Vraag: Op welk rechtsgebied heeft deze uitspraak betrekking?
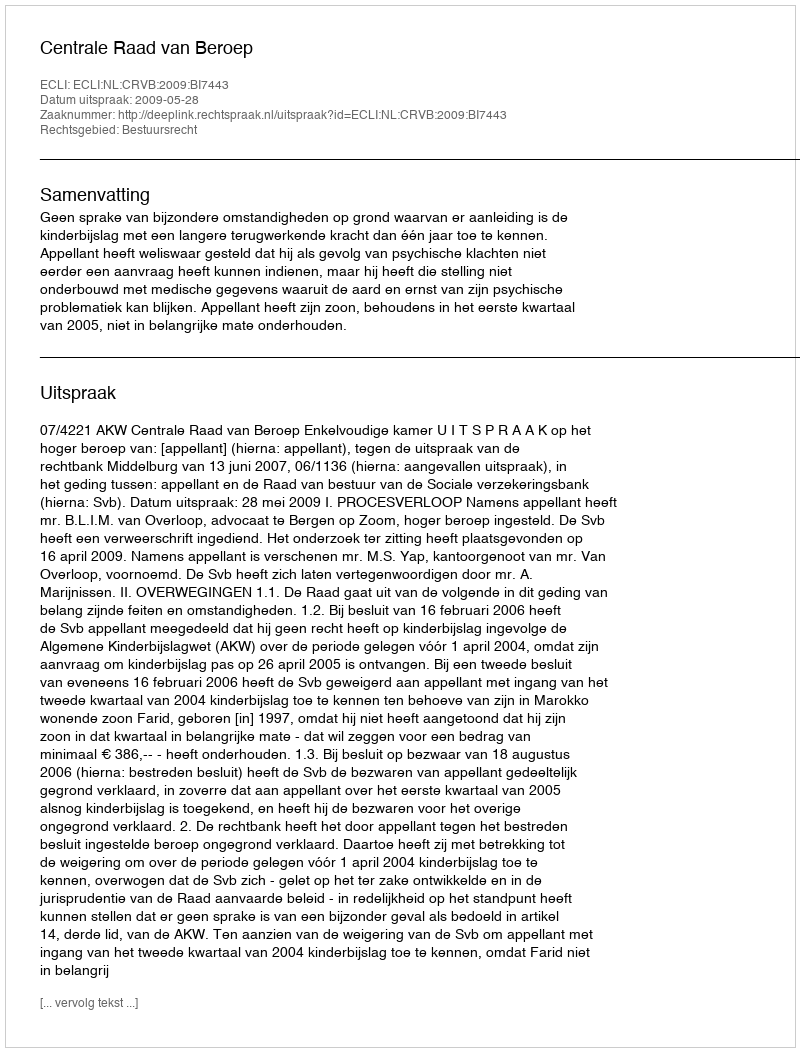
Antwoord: Bestuursrecht